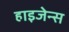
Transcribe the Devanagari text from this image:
हाइजेन्स